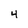
Character: 4